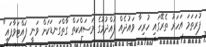
ފުރަތަމަ އަހަރު ތެރޭގައި ހުރިހާ ވައުދެއް ފުއްދުމުގެ މަސައްކަތް ގާތްގަނޑަކަށް ވަނީ ފައްޓަވާފައި"